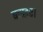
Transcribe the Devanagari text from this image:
बचाइए।